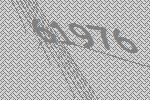
61976